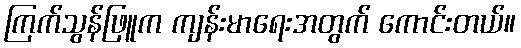
ကြက်သွန်ဖြူက ကျန်းမာရေးအတွက် ကောင်းတယ်။